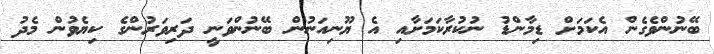
ބޭނުންވެގެން އެކަމަށް ޑިމާންޑު ނުކުރާކަމަށާއި އެ ޔޫނިއަނުން ބޭނުންވަނީ ދަރިވަރުންގެ ކިޔެވުން މެދު